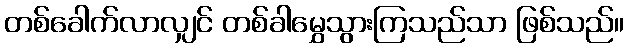
တစ်ခေါက်လာလျှင် တစ်ခါမွှေသွားကြသည်သာ ဖြစ်သည်။